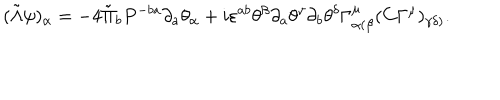
LaTeX: ( \tilde { \Lambda } \psi ) _ { \alpha } = - 4 \tilde { \Pi } _ { b } P ^ { - b a } \partial _ { a } \theta _ { \alpha } + i \varepsilon ^ { a b } \theta ^ { \beta } \partial _ { a } \theta ^ { \gamma } \partial _ { b } \theta ^ { \delta } \Gamma _ { \alpha ( \beta } ^ { \mu } ( C \Gamma ^ { \mu } ) _ { \gamma \delta ) } .